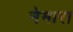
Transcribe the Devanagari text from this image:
नेमारा